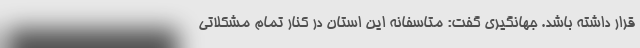
قرار داشته باشد. جهانگیری گفت: متاسفانه این استان در کنار تمام مشکلاتی